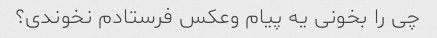
چی را بخونی یه پیام وعکس فرستادم نخوندی؟